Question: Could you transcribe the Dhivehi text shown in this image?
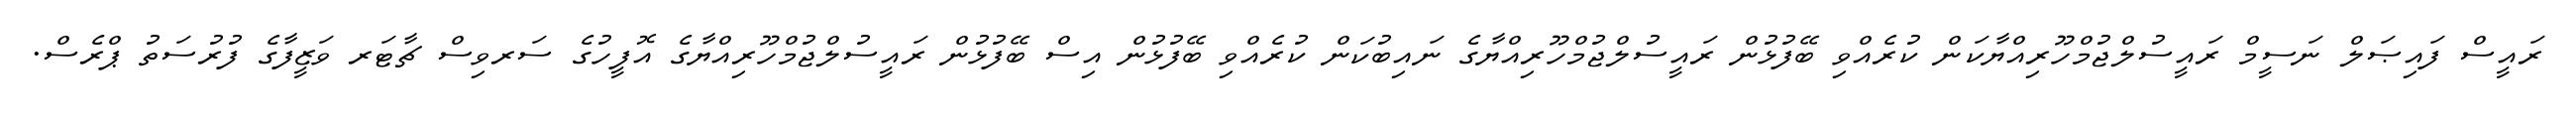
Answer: ރައީސް ފައިޞަލް ނަސީމް ރައީސުލްޖުމްހޫރިއްޔާކަން ކުރެއްވި ބޭފުޅުން ރައީސުލްޖުމްހޫރިއްޔާގެ ނައިބުކަން ކުރެއްވި ބޭފުޅުން އިސް ބޭފުޅުން ރައީސުލްޖުމްހޫރިއްޔާގެ އޮފީހުގެ ސަރވިސް ޗާޓަރ ވަޒީފާގެ ފުރުސަތު ޕްރެސް.